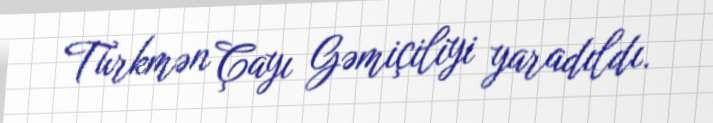
Türkmən Çayı Gəmiçiliyi yaradıldı.